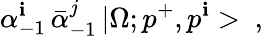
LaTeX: \alpha_{-1}^{\mathbf{i}}\, \bar{{\alpha}}_{-1}^{j}\, |\Omega;p^{+},p^{\mathbf{i}}>\ ,